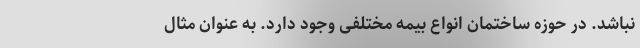
نباشد. در حوزه ساختمان انواع بیمه مختلفی وجود دارد. به عنوان مثال